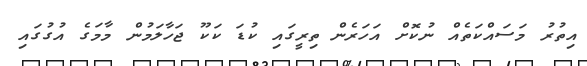
އިތުރު މަސައްކަތެއް ނުކޮށް އަހަރެން ތިރީގައި ކުޑަ ކަކޫ ޖަހާލަމުން މާމަގެ އުގުގައި